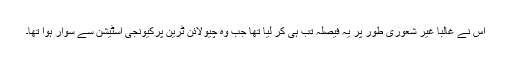
اس نے غالباً غیر شعوری طور پر یہ فیصلہ تب ہی کر لیا تھا جب وہ چیولائن ٹرین پرکیونجی اسٹیشن سے سوار ہوا تھا۔